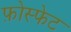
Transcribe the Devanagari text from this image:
फ़ोस्फेट